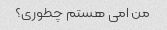
من امی هستم چطوری؟